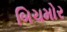
બિચમોર